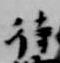
待